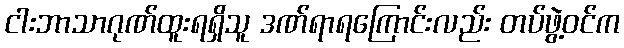
ငါးဘာသာဂုဏ်ထူးရရှိသူ ဒဏ်ရာရကြောင်းလည်း တပ်ဖွဲ့ဝင်က